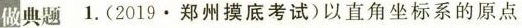
做典题 1.(2019\cdot 郑州摸底考试)以直角坐标系的原点